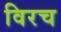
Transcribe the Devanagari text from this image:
विरच